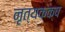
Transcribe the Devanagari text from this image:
नृत्यकक्ष